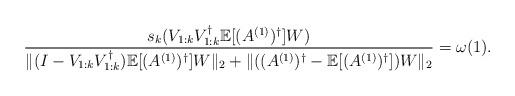
LaTeX: \begin{align*}\frac{s_k (V_{1:k}V_{1:k}^\dagger \mathbb{E}[(A^{(1)})^{\dagger}] W)}{\|(I-V_{1:k}V_{1:k}^\dagger) \mathbb{E}[(A^{(1)})^{\dagger}] W\|_2+\|((A^{(1)})^{\dagger} - \mathbb{E}[(A^{(1)})^{\dagger}]) W\|_2} = \omega(1).\end{align*}